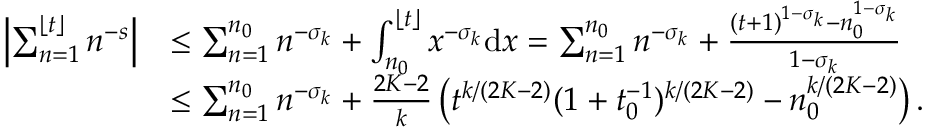
\begin{array} { r l } { \left| \sum _ { n = 1 } ^ { \lfloor t \rfloor } n ^ { - s } \right| } & { \le \sum _ { n = 1 } ^ { n _ { 0 } } n ^ { - \sigma _ { k } } + \int _ { n _ { 0 } } ^ { \lfloor t \rfloor } x ^ { - \sigma _ { k } } \mathrm { d } x = \sum _ { n = 1 } ^ { n _ { 0 } } n ^ { - \sigma _ { k } } + \frac { ( t + 1 ) ^ { 1 - \sigma _ { k } } - n _ { 0 } ^ { 1 - \sigma _ { k } } } { 1 - \sigma _ { k } } } \\ & { \le \sum _ { n = 1 } ^ { n _ { 0 } } n ^ { - \sigma _ { k } } + \frac { 2 K - 2 } { k } \left( t ^ { k / ( 2 K - 2 ) } ( 1 + t _ { 0 } ^ { - 1 } ) ^ { k / ( 2 K - 2 ) } - n _ { 0 } ^ { k / ( 2 K - 2 ) } \right) . } \end{array}